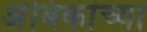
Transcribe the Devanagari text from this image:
अंबिकांच्या